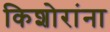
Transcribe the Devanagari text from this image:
किशोरांना